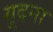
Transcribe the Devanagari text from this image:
गूदना